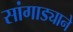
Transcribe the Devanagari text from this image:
सांगाड्याने